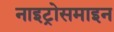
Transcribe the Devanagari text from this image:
नाइट्रोसमाइन